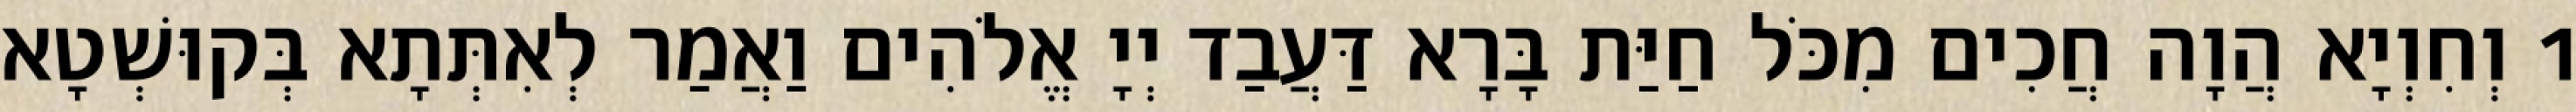
1 וְחִוְיָא הֲוָה חֲכִים מִכֹּל חַיַּת בָּרָא דַּעֲבַד יְיָ אֱלֹהִים וַאֲמַר לְאִתְּתָא בְּקוּשְׁטָא